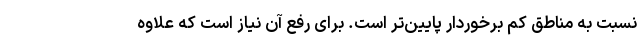
نسبت به مناطق کم برخوردار پایین‌تر است. برای رفع آن نیاز است که علاوه